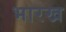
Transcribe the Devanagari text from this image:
भारख